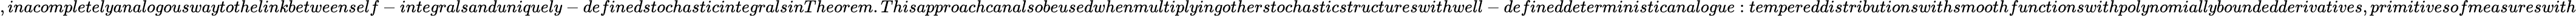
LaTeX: ,inacompletelyanalogouswaytothelinkbetweenself-integralsanduniquely-definedstochasticintegralsinTheorem.Thisapproachcanalsobeusedwhenmultiplyingotherstochasticstructureswithwell-defineddeterministicanalogue:tempereddistributionswithsmoothfunctionswithpolynomiallyboundedderivatives,primitivesofmeasureswith